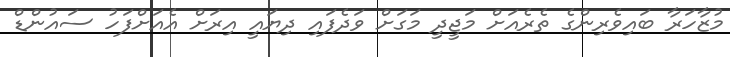
މުޒާހަރާ ބައިވެރިންގެ ތެރެއަށް މަޖީދީ މަގަށް ވަދެފައި ދިޔައީ އިރަށް އެއަށްފަހު ސައުންޑް